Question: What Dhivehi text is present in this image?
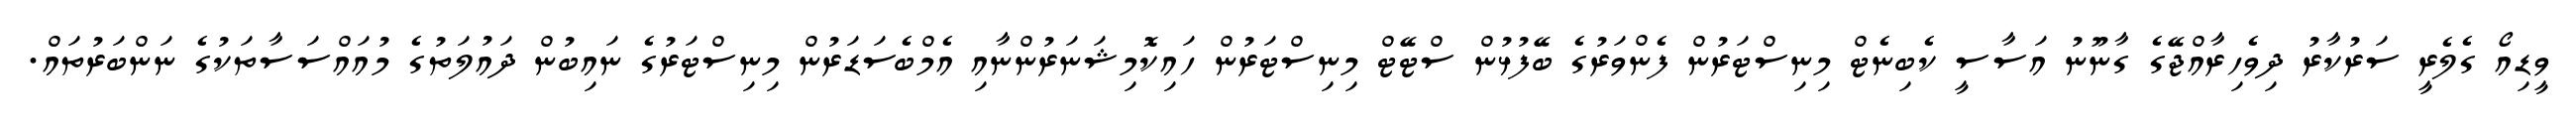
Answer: ވީޑިއޯ ގެލެރީ ސަރުކާރު ދިވެހިރާއްޖޭގެ ގާނޫނު އަސާސީ ކެބިނެޓް މިނިސްޓަރުން ފެންވަރުގެ ބޭފުޅުން ސްޓޭޓް މިނިސްޓަރުން ހައިކޮމިޝަނަރުންނާއި އެމްބެސަޑަރުން މިނިސްޓަރުގެ ނައިބުން ދައުލަތުގެ މުއައްސަސާތަކުގެ ނަންބަރުތައް.